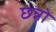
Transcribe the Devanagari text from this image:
छन्नो